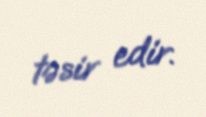
təsir edir.